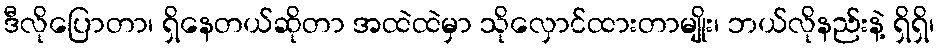
ဒီလိုပြောတာ၊ ရှိနေတယ်ဆိုတာ အထဲထဲမှာ သိုလှောင်ထားတာမျိုး၊ ဘယ်လိုနည်းနဲ့ ရှိရှိ၊